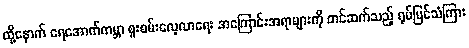
ထို့နောက် ရေအောက်ကမ္ဘာ စူးစမ်းလေ့လာရေး အကြောင်းအရာများကို တင်ဆက်သည့် ရုပ်မြင်သံကြား